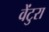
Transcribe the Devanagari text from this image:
वेंटुरा